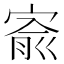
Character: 𡩗